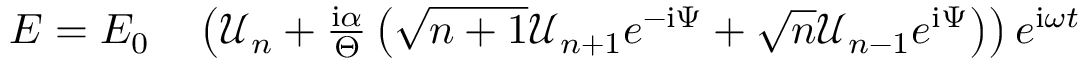
\begin{array} { r l } { E = E _ { 0 } } & { { } \left( \mathcal { U } _ { n } + \frac { \mathrm { i } \alpha } { \Theta } \left( \sqrt { n + 1 } \mathcal { U } _ { n + 1 } e ^ { - \mathrm { i } \Psi } + \sqrt { n } \mathcal { U } _ { n - 1 } e ^ { \mathrm { i } \Psi } \right) \right) e ^ { \mathrm { i } \omega t } } \end{array}